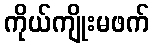
ကိုယ်ကျိုးမဖက်